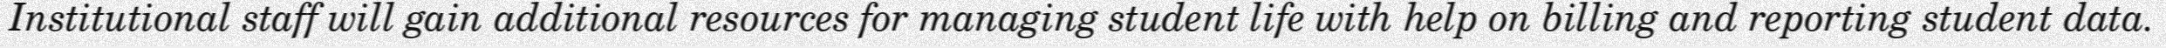
Institutional staff will gain additional resources for managing student life with help on billing and reporting student data.